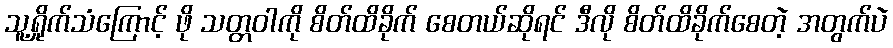
သူ့ရှိုက်သံကြောင့် ဖို သတ္တဝါကို စိတ်ထိခိုက် စေတယ်ဆိုရင် ဒီလို စိတ်ထိခိုက်စေတဲ့ အတွက်ပဲ